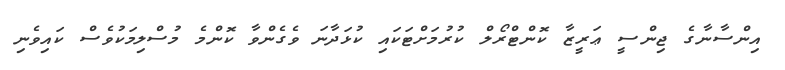
އިންސާނާގެ ޖިންސީ ޢަރީޒާ ކޮންޓްރޯލް ކުރުމަށްޓަކައި ކުޅަދާނަ ވެގެންވާ ކޮންމެ މުސްލިމަކުވެސް ކައިވެނި